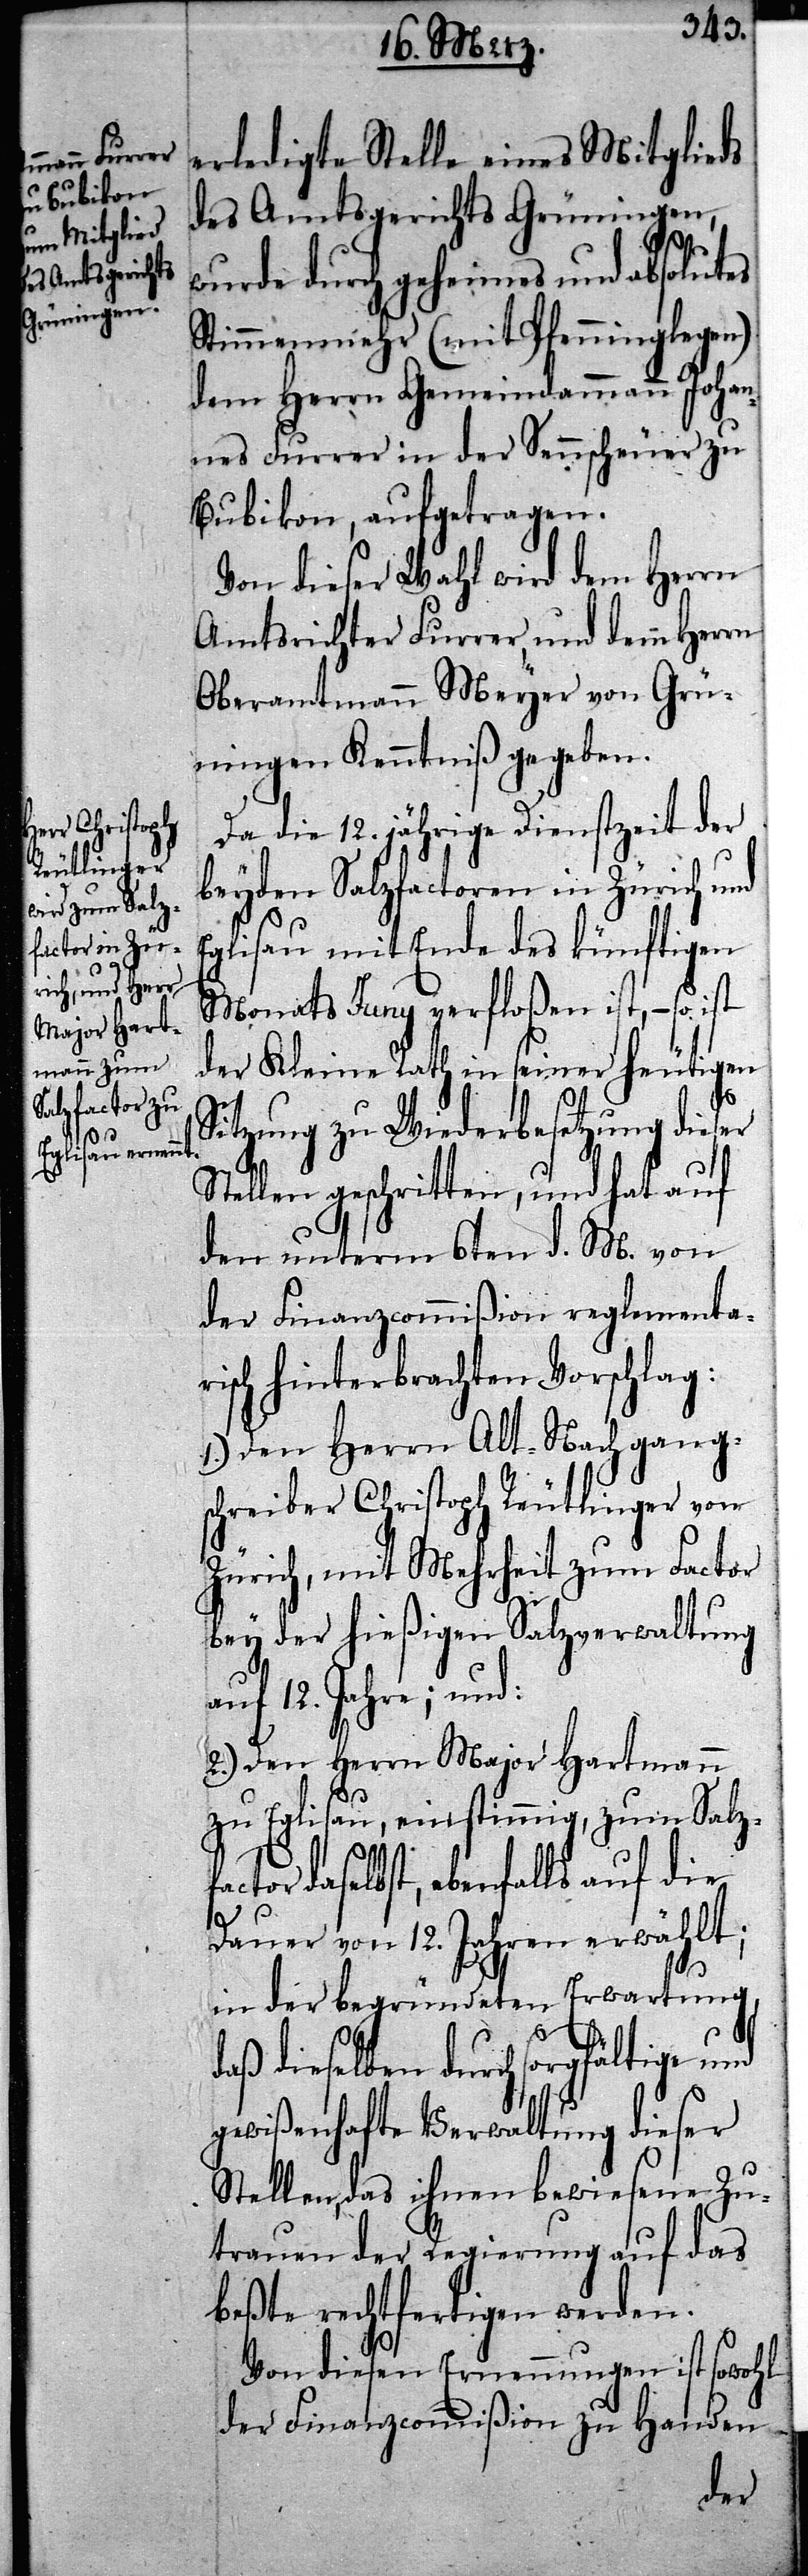
erledigte Stelle eines Mitglieds
des Amtsgerichts Grüningen,
d¬
wurde durch geheimes und absolutes
Stimmenmehr (mit Pfenninglegen)
dem Herrn Gemeindammann Johan¬
nes Furrer in der Sennscheuer zu
Bubikon, aufgetragen.
Von dieser Wahl wird dem Herrn
Amtsrichter Furrer und dem Herrn
Oberamtmann Meyer von Grü¬
ningen Kenntniß gegeben.
Da die 12. jährige Dienstzeit der
beyden Salzfactoren in Zürich und
glisau mit Ende des künftigen
Monats Juny verfloßen ist, – so ist
der Kleine Rath in seiner heutigen
Sitzung zu Wiederbesetzung dieser
Stellen geschritten, und hat auf
den unterm 6ten d. M. von
der Finanzcommißion reglementa¬
risch hinterbrachten Vorschlag:
1.) Den Herrn Alt-Nachgang¬
schreiber Christoph Reutlinger von
Zürich, mit Mehrheit zum Factor
bey der hießigen Salzverwaltung
auf 12. Jahre; und:
2.) Den Herrn Major Hartmann
zu Eglisau, einstimmig, zum Salzf¬
actor daselbst, ebenfalls auf die
Dauer von 12. Jahren erwählt;
in der begründeten Erwartung,
aß dieselben durch sorgfältige und
gewißenhafte Verwaltung dieser
Stellen, das ihnen bewiesene Zu¬
trauen der Regierung auf das
beßte rechtfertigen werden.
Von diesen Ernennungen ist sowohl
der Finanzcommißion zu Handen